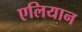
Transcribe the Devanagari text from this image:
एलियान